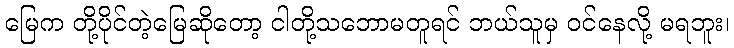
မြေက တို့ပိုင်တဲ့မြေဆိုတော့ ငါတို့သဘောမတူရင် ဘယ်သူမှ ဝင်နေလို့ မရဘူး၊